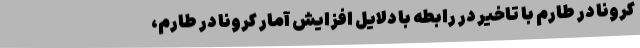
کرونا در طارم با تاخیر در رابطه با دلایل افزایش آمار کرونا در طارم،